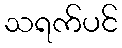
သရက်ပင်